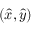
( \hat { x } , \hat { y } )